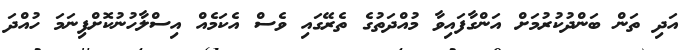
އަދި ތަން ބަންދުކުރުމަށް އަންގާފައިވާ މުއްދަތުގެ ތެރޭގައި ވެސް އެކަމެއް އިސްލާހުނުކޮށްފިނަމަ ހުއްދަ